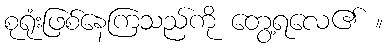
စုရုံးဖြစ်နေကြသည်ကို တွေ့ရလေ၏ ။